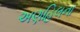
અણહિલના